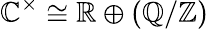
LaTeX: \mathbb{C}^{\times}\cong\mathbb{R}\oplus(\mathbb{Q}/\mathbb{Z})